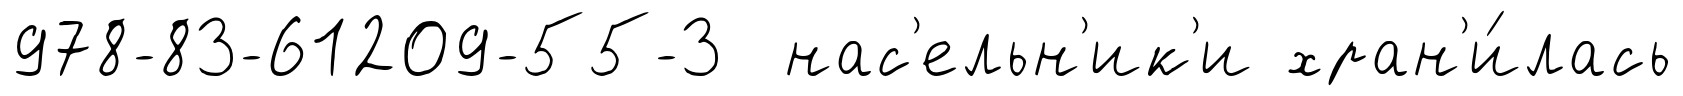
978-83-61209-55-3 нас'ельн'ик'и хран'и́лась